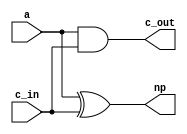
module half_adder(a, c_in, np, c_out);

	input a, c_in;	/* bit liczby i przeniesienie wejsciowe */
	output np, c_out;	/* suma dodatnia i przeniesienie posrednie */
	
	assign np = a ^ c_in;
	assign c_out = a & c_in;

endmodule


module shalf_adder(a, c_in, nm, c_out);

	input a, c_in;		/* bit liczby i przeniesienie posrednie */
	output nm, c_out;	/* suma ujemna i przeniesienie */

	assign nm = a ^ c_in;
	assign c_out = a | c_in;
	
endmodule